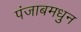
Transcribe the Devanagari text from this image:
पंजाबमधुन